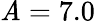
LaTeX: \mathit{A}=7.0